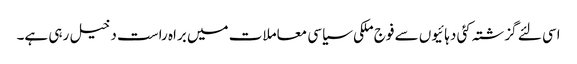
اسی لئے گزشتہ کئی دہائیوں سے فوج ملکی سیاسی معاملات میں براہ راست دخیل رہی ہے۔